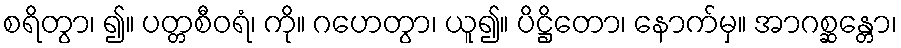
စရိတွာ၊ ၍။ ပတ္တစီဝရံ၊ ကို။ ဂဟေတွာ၊ ယူ၍။ ပိဋ္ဌိတော၊ နောက်မှ။ အာဂစ္ဆန္တော၊